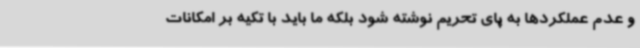
و عدم عملکردها به پای تحریم نوشته شود بلکه ما باید با تکیه بر امکانات